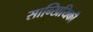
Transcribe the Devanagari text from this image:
सान्खियिकी